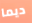
ديما